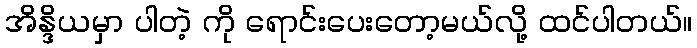
အိန္ဒိယမှာ ပါတဲ့ ကို ရောင်းပေးတော့မယ်လို့ ထင်ပါတယ်။